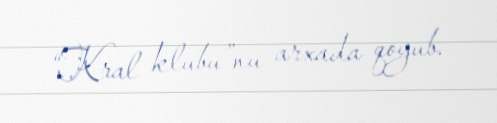
“Kral klubu”nu arxada qoyub.